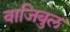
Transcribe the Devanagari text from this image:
वाजिबुल